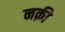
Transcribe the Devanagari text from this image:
नक़ी